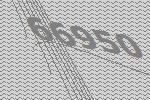
66950